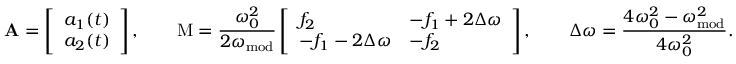
\mathbf { A } = \left[ \begin{array} { l } { a _ { 1 } ( t ) } \\ { a _ { 2 } ( t ) } \end{array} \right] , \qquad \mathrm { M } = \frac { \omega _ { 0 } ^ { 2 } } { 2 \omega _ { \mathrm { m o d } } } \left[ \begin{array} { l l } { f _ { 2 } } & { - f _ { 1 } + 2 \Delta \omega } \\ { - f _ { 1 } - 2 \Delta \omega } & { - f _ { 2 } } \end{array} \right] , \qquad \Delta \omega = \frac { 4 \omega _ { 0 } ^ { 2 } - \omega _ { \mathrm { m o d } } ^ { 2 } } { 4 \omega _ { 0 } ^ { 2 } } .